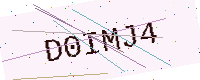
Text: D0IMJ4